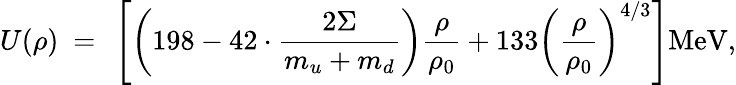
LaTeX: U(\rho)\ =\ \left[\left(198-42\cdot\frac{2\Sigma}{m_{u}+m_{d}}\right)\frac\rho{\rho_{0}}+133\left(\frac\rho{\rho_{0}}\right)^{4/3}\right]\mathrm{MeV},